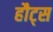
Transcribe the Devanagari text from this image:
हौट्स